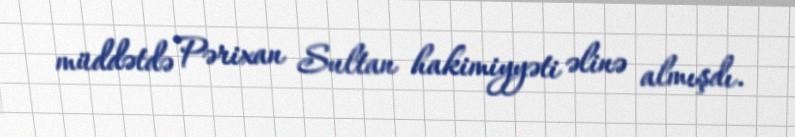
müddətdə Pərixan Sultan hakimiyyəti əlinə almışdı.